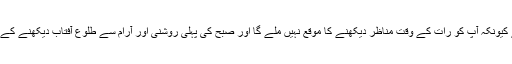
رات کو سونا اور آرام کرنا ایک اچھا خیال ہے کیونکہ آپ کو رات کے وقت مناظر دیکھنے کا موقع نہیں ملے گا اور صبح کی پہلی روشنی اور آرام سے طلوع آفتاب دیکھنے کے ل you آپ کو رات کی اچھی نیند لینا چاہئے۔